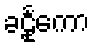
ခဠုင်္ကော